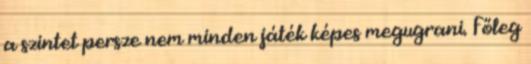
a szintet persze nem minden játék képes megugrani. Főleg